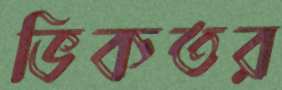
ভিকতর